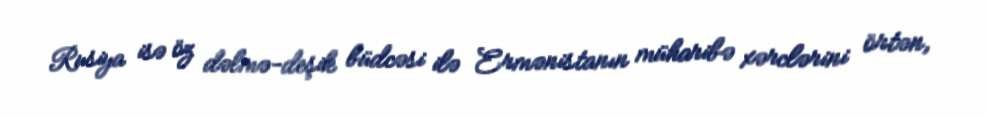
Rusiya isə öz dəlmə-deşik büdcəsi ilə Ermənistanın müharibə xərclərini örtən,